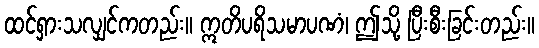
ထင်ရှားသလျှင်ကတည်း။ ဣတိပရိသမာပဏံ၊ ဤသို့ ပြီးစီးခြင်းတည်း။